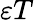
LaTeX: \varepsilon T